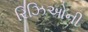
રિઝિઓની